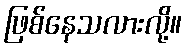
ဖြစ်နေသလားလို့။